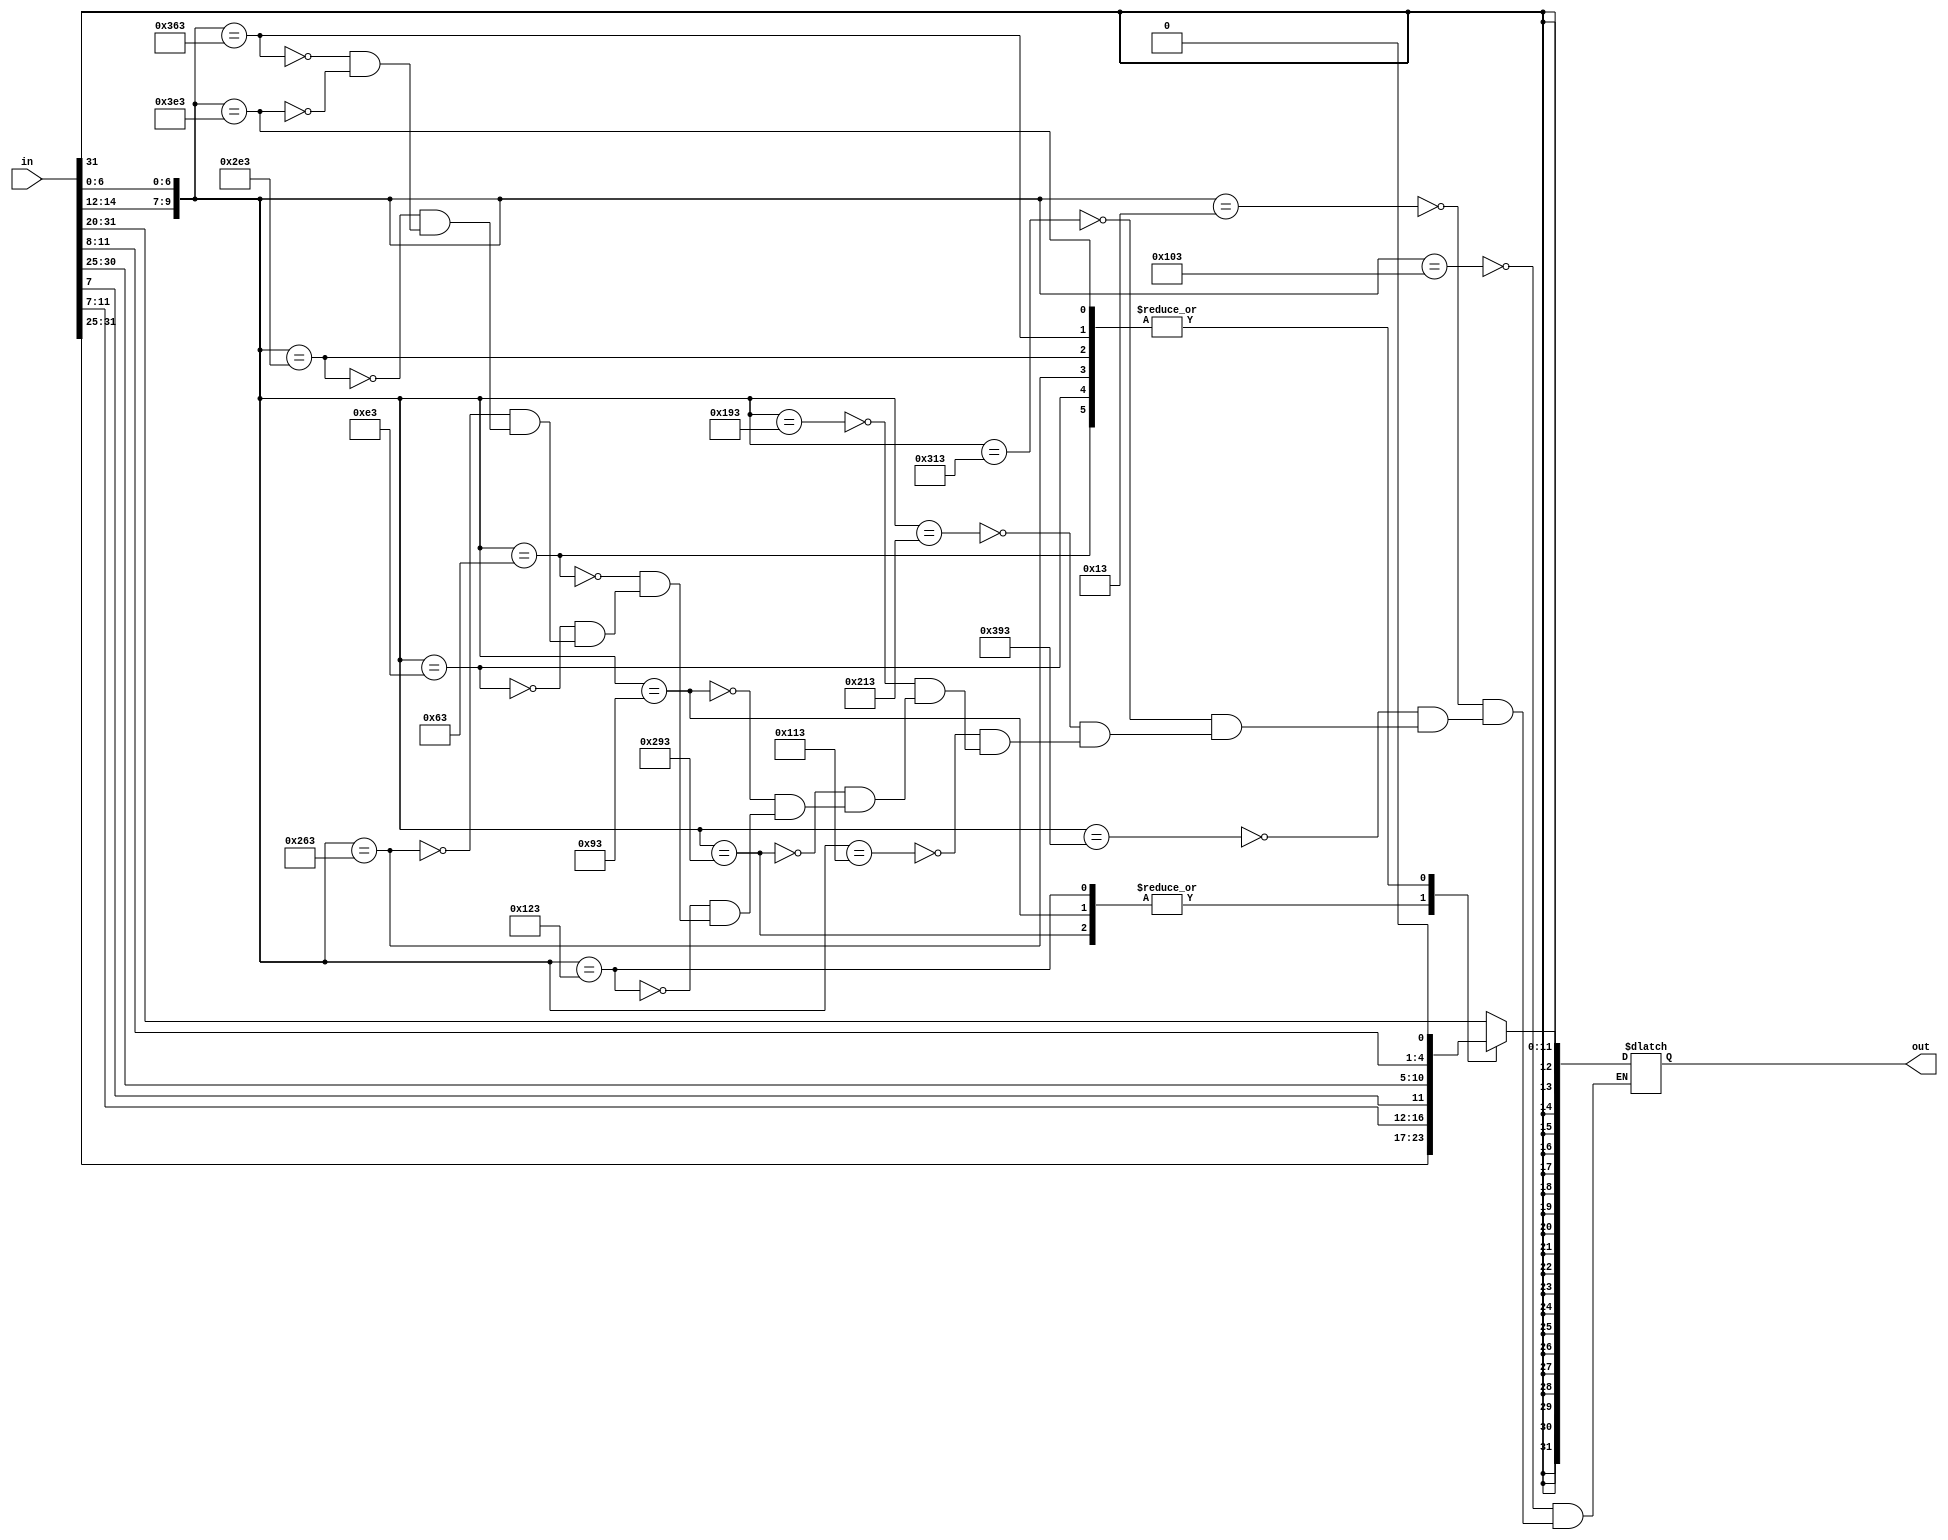
module imm_gen(input [31:0] in, output reg [31:0] out);

wire [9:0] sw; 

assign sw = {in[14:12], in[6:0]};

always @ (*) 
	begin
	case(sw)
		10'b0100000011: out <= {{21 {in[31]}}, in[30:25], in[24:21], in[20]};  
		10'b0000010011: out <=  {{21 {in[31]}}, in[30:25], in[24:21], in[20]};  
		10'b1110010011: out <=  {{21 {in[31]}}, in[30:25], in[24:21], in[20]};
		10'b1100010011: out <=  {{21 {in[31]}}, in[30:25], in[24:21], in[20]};
		10'b1000010011: out <=  {{21 {in[31]}}, in[30:25], in[24:21], in[20]};
		10'b0100010011: out <=  {{21 {in[31]}}, in[30:25], in[24:21], in[20]};
		10'b0110010011: out <=  {{21 {in[31]}}, in[30:25], in[24:21], in[20]};
		10'b1010010011: out <=  {{21 {in[31]}}, in[30:25], in[11:8], in[7]};
		10'b0010010011: out <=  {{21 {in[31]}}, in[30:25], in[11:8], in[7]};
		10'b0100100011: out <=  {{21 {in[31]}}, in[30:25], in[11:8], in[7]};
		10'b0001100011: out <=  {{20 {in[31]}}, in[7], in[30:25], in[11:8], 1'b0};
		10'b0011100011: out <=  {{20 {in[31]}}, in[7], in[30:25], in[11:8], 1'b0};
		10'b1001100011: out <=  {{20 {in[31]}}, in[7], in[30:25], in[11:8], 1'b0};
		10'b1011100011: out <=  {{20 {in[31]}}, in[7], in[30:25], in[11:8], 1'b0};
		10'b1101100011: out <=  {{20 {in[31]}}, in[7], in[30:25], in[11:8], 1'b0};
		10'b1111100011: out <=  {{20 {in[31]}}, in[7], in[30:25], in[11:8], 1'b0};
	endcase
	end

endmodule